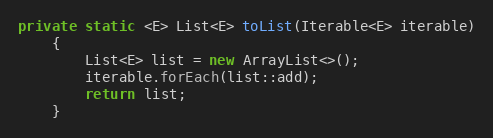
Language: Java
private static <E> List<E> toList(Iterable<E> iterable)
	{
		List<E> list = new ArrayList<>();
		iterable.forEach(list::add);
		return list;
	}